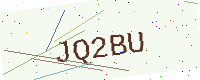
Text: JQ2BU